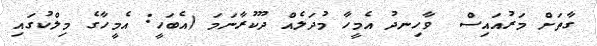
ގާތަށް މަރުއައިސް  ވާހިނދު އެމީހާ މުދަލެއް ދޫކުރާނަމަ (އެބަހީ: އެމީހާގެ މިލްކުގައި